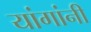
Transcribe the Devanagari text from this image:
यांगांनी